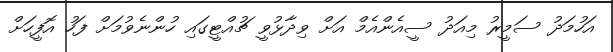
އަހުމަދު ސަމީރު މިއަދު ސީއެންއެމް އަށް ވިދާޅުވީ ޗުއްޓީގައި ހުންނެވުމަށް ފަހު އޮފީހަށް